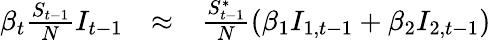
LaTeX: \begin{array}{rcl}{\beta_{t}\frac{S_{t-1}}{N}I_{t-1}}&{\approx}&{\frac{S_{t-1}^{*}}{N}(\beta_{1}I_{1,t-1}+\beta_{2}I_{2,t-1})}\end{array}